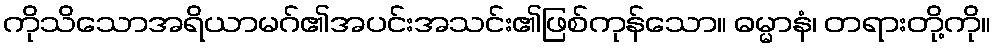
ကိုသိသောအရိယာမဂ်၏အပင်းအသင်း၏ဖြစ်ကုန်သော။ ဓမ္မာနံ၊ တရားတို့ကို။